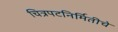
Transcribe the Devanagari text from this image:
चित्रपटनिर्मितीचे